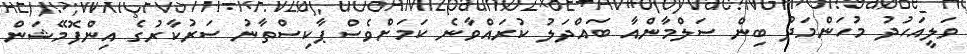
ވަލީއަހުދު މުހަންމަދު ބިން ސަލްމާންއާ ބައްދަލު ކުރައްވާނެ ކަމަށްވެސް ޕާކިސްތާނު ސަރުކާރުގެ އިންފޮމޭޝަން